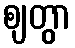
ဈတွာ